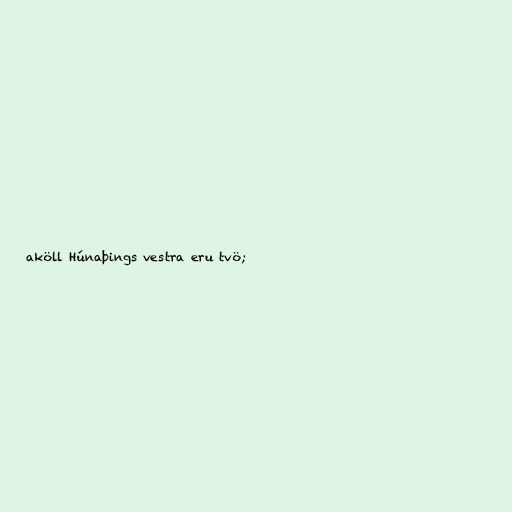
aköll Húnaþings vestra eru tvö;